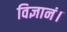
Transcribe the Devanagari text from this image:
विज्ञानं।